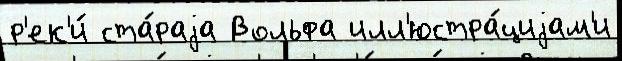
р'ек'и́ ста́раjа Вольфа илл'юстра́циjам'и